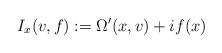
LaTeX: \begin{align*}I_x(v,f):=\Omega'(x,v)+if(x)\end{align*}